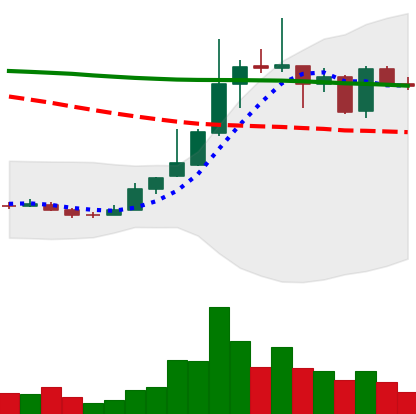
Ticker: TRX-USD
Chart end date: 2018-12-30
Forward return: 7.746%
Label: up_7plus